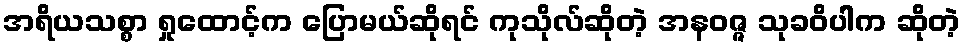
အရိယသစ္စာ ရှုထောင့်က ပြောမယ်ဆိုရင် ကုသိုလ်ဆိုတဲ့ အနဝဇ္ဇ သုခဝိပါက ဆိုတဲ့